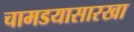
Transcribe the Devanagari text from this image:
चामडयासारखा